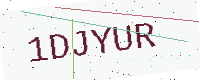
Text: 1DJYUR